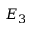
E _ { 3 }